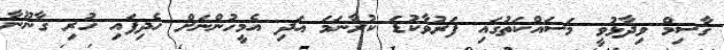
ގާސިމް ވިދާޅުވީ މަސައްކަތުގައި ފަރުވާކުޑަ ކުރާނަމަ އަދި އެމީހުންނަށް ހެދިފައި ހުރި ގާނޫނާ